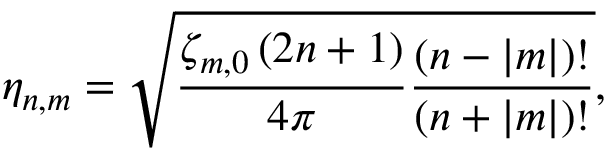
\eta _ { n , m } = \sqrt { \frac { \zeta _ { m , 0 } \left( 2 n + 1 \right) } { 4 \pi } \frac { ( n - | m | ) ! } { ( n + | m | ) ! } } ,